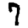
Digit: 7